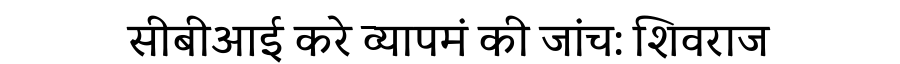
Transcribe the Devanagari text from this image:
सीबीआई करे व्यापमं की जांच: शिवराज